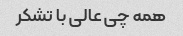
همه چی عالی با تشکر